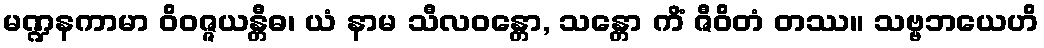
မဏ္ဍနကာမာ ဝိဝဇ္ဇယန္တီဓ၊ ယံ နာမ သီလဝန္တော, သန္တော ကိံ ဇီဝိတံ တဿ။ သဗ္ဗဘယေဟိ